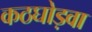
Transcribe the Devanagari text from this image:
कठघोड़वा